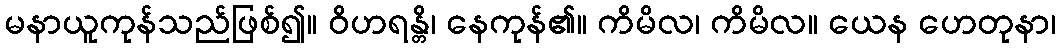
မနာယူကုန်သည်ဖြစ်၍။ ဝိဟရန္တိ၊ နေကုန်၏။ ကိမိလ၊ ကိမိလ။ ယေန ဟေတုနာ၊